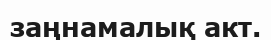
заңнамалық акт.